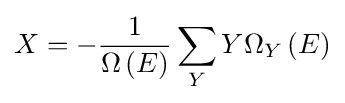
X=-{\frac {1}{\Omega \left(E\right)}}\sum _{Y}Y\Omega _{Y}\left(E\right)